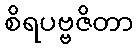
စိရပဗ္ဗဇိတာ